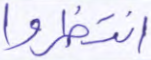
انتظروا